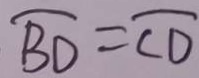
\widehat { B D } = \widehat { C D }